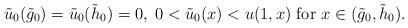
LaTeX: \begin{align*}\tilde u_0(\tilde g_0)=\tilde u_0(\tilde h_0)=0,\; 0<\tilde u_0(x)<u(1,x) \mbox{ for } x\in (\tilde g_0, \tilde h_0).\end{align*}